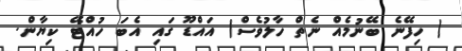
( ހިފޭނެ ބޭނުމެއް ނެތް ހާލުވެސް) އައްޑޫ ގައި އެބަ ހުއްޓޭ ކިޔާން.